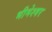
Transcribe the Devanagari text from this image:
भीमेश्‍वर